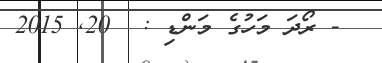
- ރޯދަ މަހުގެ މަންޑި :  20